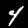
Label: 4